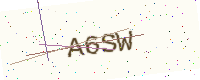
Text: A6SW